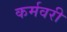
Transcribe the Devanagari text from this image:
कर्मवरी